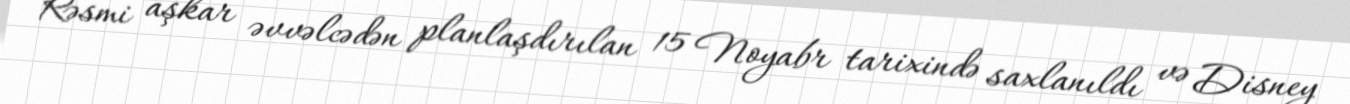
Rəsmi aşkar əvvəlcədən planlaşdırılan 15 Noyabr tarixində saxlanıldı və Disney